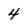
Character: 4